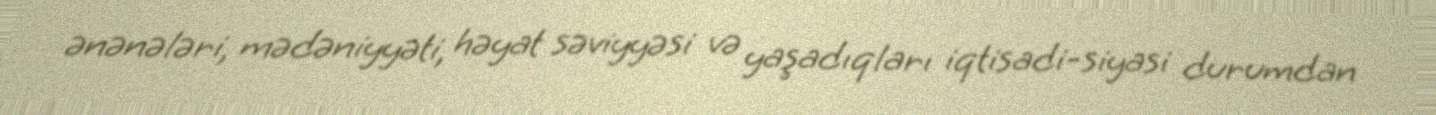
ənənələri, mədəniyyəti, həyat səviyyəsi və yaşadıqları iqtisadi-siyasi durumdan